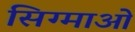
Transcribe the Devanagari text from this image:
सिग्माओं